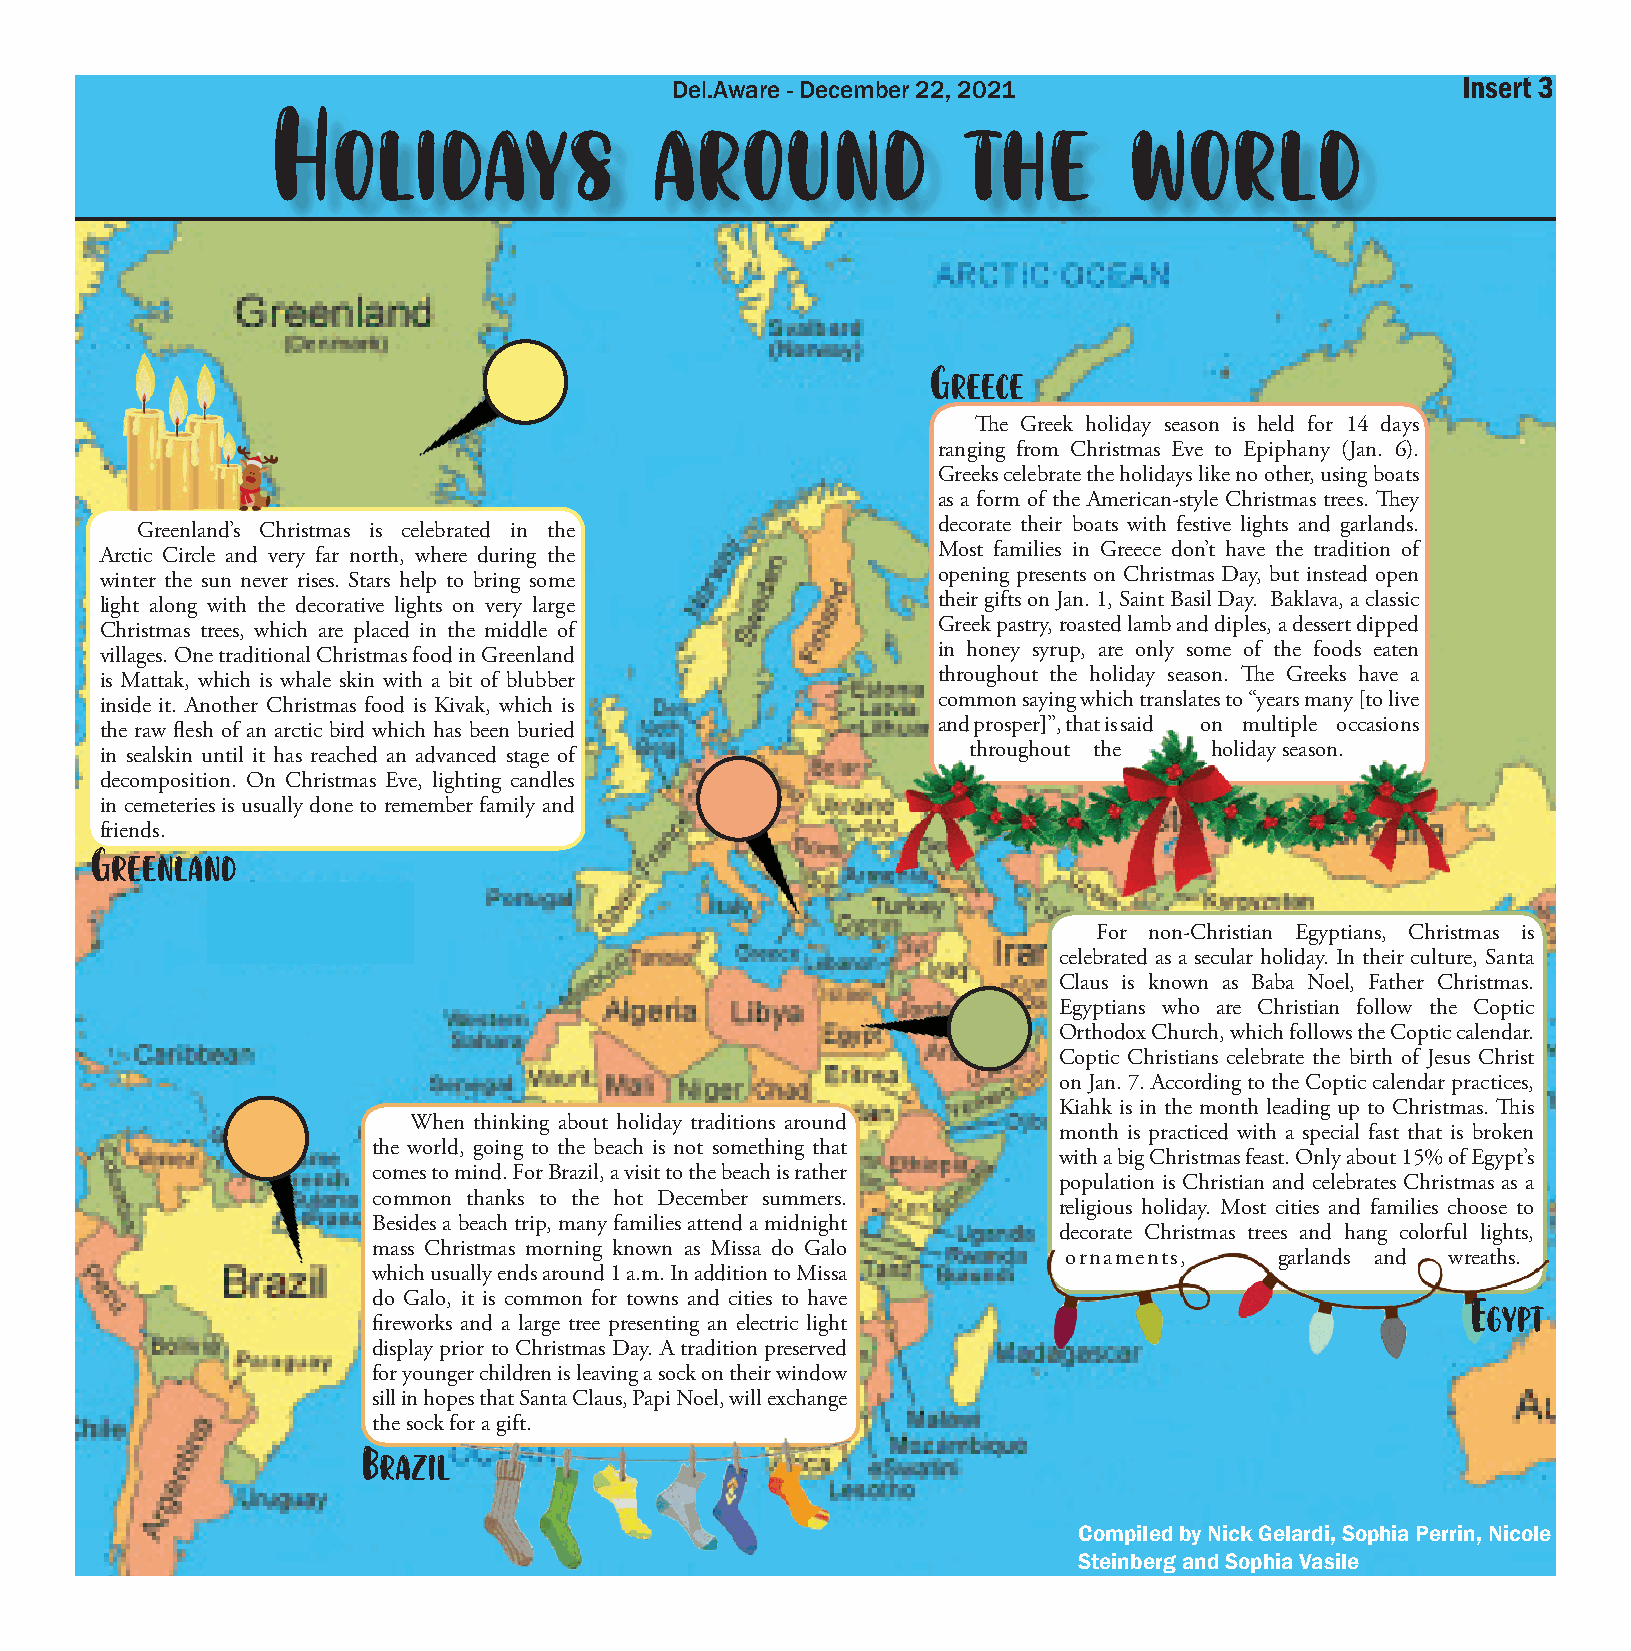
Holidays                 around               the        world
 Del.Aware - December 22, 2021                        Insert 3
 Greece
 The Greek holiday season is held for 14 days
 ranging from Christmas Eve to Epiphany (Jan. 6).
 Greeks celebrate the holidays like no other, using boats
 as a form of the American-style Christmas trees. They
 decorate their boats with festive lights and garlands.
 Greenland’s Christmas is celebrated in the
 Most families in Greece don’t have the tradition of
 Arctic Circle and very far north, where during the
 opening presents on Christmas Day, but instead open
 winter the sun never rises. Stars help to bring some
 their gifts on Jan. 1, Saint Basil Day. Baklava, a classic
 light along with the decorative lights on very large
 Greek pastry, roasted lamb and diples, a dessert dipped
 Christmas trees, which are placed in the middle of
 in honey syrup, are only some of the foods eaten
 villages. One traditional Christmas food in Greenland
 throughout the holiday season. The Greeks have a
 is Mattak, which is whale skin with a bit of blubber
 common saying which translates to “years many [to live
 inside it. Another Christmas food is Kivak, which is
 and prosper]”, that is said on multiple occasions
 the raw flesh of an arctic bird which has been buried
 throughout the  holiday season.
 in sealskin until it has reached an advanced stage of
 decomposition. On Christmas Eve, lighting candles
 in cemeteries is usually done to remember family and
 Gfrrieendesn. land
 For non-Christian Egyptians, Christmas is
 celebrated as a secular holiday. In their culture, Santa
 Claus is known as Baba Noel, Father Christmas.
 Egyptians who are Christian follow the Coptic
 Orthodox Church, which follows the Coptic calendar.
 Coptic Christians celebrate the birth of Jesus Christ
 on Jan. 7. According to the Coptic calendar practices,
 Kiahk is in the month leading up to Christmas. This
 When thinking about holiday traditions around
 month is practiced with a special fast that is broken
 the world, going to the beach is not something that
 with a big Christmas feast. Only about 15% of Egypt’s
 comes to mind. For Brazil, a visit to the beach is rather
 population is Christian and celebrates Christmas as a
 common thanks to the hot December summers.
 religious holiday. Most cities and families choose to
 Besides a beach trip, many families attend a midnight
 decorate Christmas trees and hang colorful lights,
 mass Christmas morning known as Missa do Galo
 ornaments,     garlands and wreaths.
 which usually ends around 1 a.m. In addition to Missa                   Egypt
 do Galo, it is common for towns and cities to have
 fireworks and a large tree presenting an electric light
 display prior to Christmas Day. A tradition preserved
 for younger children is leaving a sock on their window
 sill in hopes that Santa Claus, Papi Noel, will exchange
 Btrhea szocikl f or a gift.
 Compiled by Nick Gelardi, Sophia Perrin, Nicole
 Steinberg and Sophia Vasile